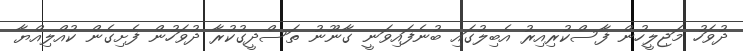
ދުވަހު މަޖިލީހުން ފާސްކުރިއިރު އެބިލުގައި ބުނެފައިވަނީ ގާނޫނު ތަސްދީގުކުރާ ދުވަހުން ފެށިގެން ކުއްލިއްޔާ